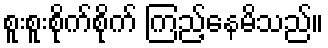
စူးစူးစိုက်စိုက် ကြည့်နေမိသည်။